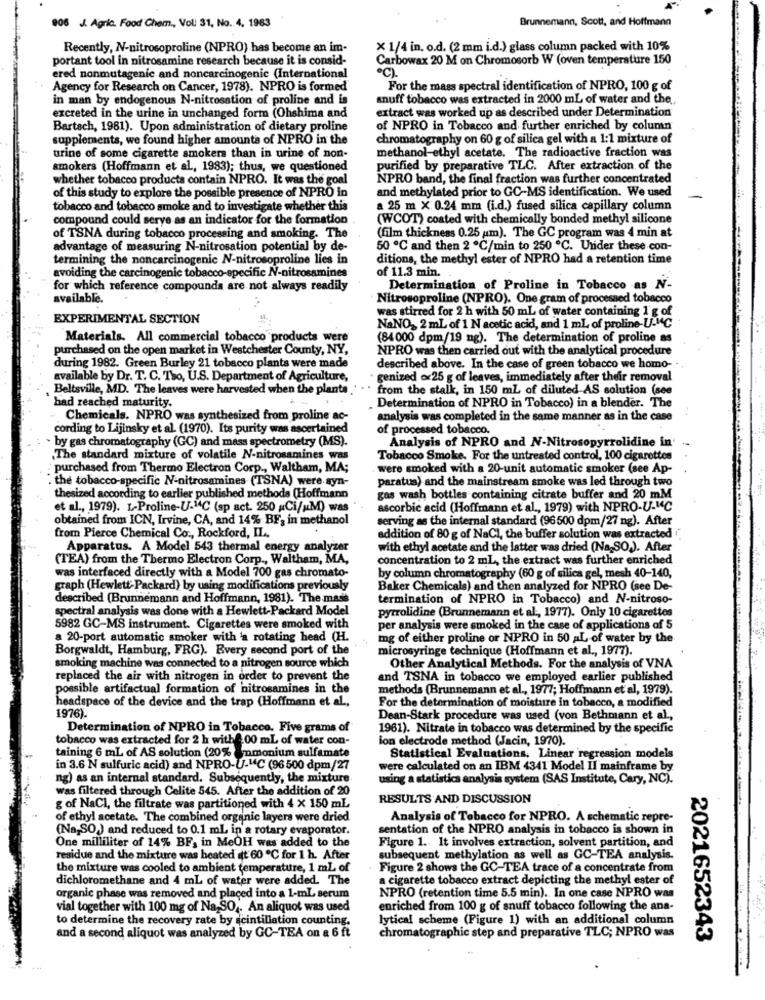
Brunnemann, Scott, and Hoffmann
906 J. Agric. Food Chem ., Voll 31, No. 4, 1983
Recently, N-nitrosoproline (NPRO) has become an im-
× 1/4 in. o.d. (2 mm i.d.) glass column packed with 10%
portant tool in nitrosamine research because it is consid-
Carbowax 20 M on Chromosorb W (oven temperature 150
℃).
ered nonmutagenic and noncarcinogenic (International
Agency for Research on Cancer, 1978). NPRO is formed
For the mass spectral identification of NPRO, 100 g of
in man by endogenous N-nitrosation of proline and is
snuff tobacco was extracted in 2000 mL of water and the
extract was worked up as described under Determination
excreted in the urine in unchanged form (Ohshima and
Bartsch, 1981). Upon administration of dietary proline
of NPRO in Tobacco and further enriched by column
supplements, we found higher amounts of NPRO in the
chromatography on 60 g of silica gel with a 1:1 mixture of
methanol-ethyl acetate. The radioactive fraction was
urine of some cigarette smokers than in urine of non-
smokers (Hoffmann et al, 1983); thus, we questioned
purified by preparative TLC. After extraction of the
whether tobacco products contain NPRO. It was the goal
NPRO band, the final fraction was further concentrated
and methylated prior to GC-MS identification. We used
of this study to explore the possible presence of NPRO in
-
tobacco and tobacco smoke and to investigate whether this
a 25 m X: 0.24 mm (i.d.) fused silica capillary column
compound could serve as an indicator for the formation
(WCOT) coated with chemically bonded methyl silicone
of TSNA during tobacco processing and smoking. The
(film thickness 0.25 um). The GC program was 4 min at
advantage of measuring N-nitrosation potential by de-
50 ℃ and then 2 ℃/min to 250 ℃. Under these con-
termining the noncarcinogenic N-nitrosoproline lies in
ditions, the methyl ester of NPRO had a retention time
of 11.3 min.
avoiding the carcinogenic tobacco-specific N-nitrosamines
for which reference compounds are not always readily
Determination of Proline in Tobacco as N-
available.
Nitrosoproline (NPRO). One gram of processed tobacco
was stirred for 2 h with 50 ml of water containing 1 g of
EXPERIMENTAL SECTION
NaNO, 2 mL of 1 N acetic acid, and 1 mL of proline-U-MC
Materials. All commercial tobacco products were
(84 000 dpm/19 ng). The determination of proline as
purchased on the open market in Westchester County, NY,
NPRO was then carried out with the analytical procedure
during 1982. Green Burley 21 tobacco plants were made
described above. In the case of green tobacco we homo-
available by Dr. T. C. To, U.S. Department of Agriculture,
genized .25 g of leaves, immediately after their removal
Beltsville, MD. The leaves were harvested when the plants
from the stalk, in 150 ml of diluted AS solution (see
had reached maturity.
Determination of NPRO in Tobacco) in a blender. The
Chemicals. NPRO was synthesized from proline ac-
analysis was completed in the same manner as in the case
cording to Lijinsky et al. (1970). Its purity was ascertained
of processed tobacco.
by gas chromatography (GC) and mass spectrometry (MS).
Analysis of NPRO and N-Nitrosopyrrolidine in
The standard mixture of volatile N-nitrosamines was
Tobacco Smoke. For the untreated control, 100 cigarettes
purchased from Thermo Electron Corp ., Waltham, MA;
were smoked with a 20-unit automatic smoker (see Ap-
. the tobacco-specific N-nitrosamines (TSNA) were syn-
paratus) and the mainstream smoke was led through two
thesized according to earlier published methods (Hoffmann
gas wash bottles containing citrate buffer and 20 mM
et al ., 1979). L-Proline-U.14C (sp act. 250 Ci/MM) was
ascorbic acid (Hoffmann et al ., 1979) with NPRO-U-"C
obtained from ICN, Irvine, CA, and 14% BF, in methanol
serving as the internal standard (96500 dpm/27 ng). After
from Pierce Chemical Co ., Rockford, IL.
addition of 80 g of NaCl, the buffer solution was extracted
Apparatus. A Model 543 thermal energy analyzer
with ethyl acetate and the latter was dried (Na SO). After
(TEA) from the Thermo Electron Corp ., Waltham, MA,
concentration to 2 mL, the extract was further enriched
was interfaced directly with a Model 700 gas chromato-
by column chromatography (60 g of silica gel, mesh 40-140,
graph (Hewlett-Packard) by using modifications previously
Baker Chemicals) and then analyzed for NPRO (see De-
described (Brunnemann and Hoffmann, 1981). The mass
termination of NPRO in Tobacco) and N-nitroso-
spectral analysis was done with a Hewlett-Packard Model
pyrrolidine (Brunnemann et al ., 1977). Only 10 cigarettes
5982 GC-MS instrument. Cigarettes were smoked with
per analysis were smoked in the case of applications of 5
a 20-port automatic smoker with 'a rotating head (H.
mg of either proline or NPRO in 50 AL of water by the
Borgwaldt, Hamburg, FRG). Every second port of the
microsyringe technique (Hoffmann et al ., 1977).
smoking machine was connected to a nitrogen source which
Other Analytical Methods. For the analysis of VNA
replaced the air with nitrogen in order to prevent the
and TSNA in tobacco we employed earlier published
possible artifactual formation of nitrosamines in the
methods (Brunnemann et al ., 1977; Hoffmann et al, 1979).
headspace of the device and the trap (Hoffmann et al .,
For the determination of moisture in tobacco, a modified
1976).
Dean-Stark procedure was used (von Bethmann et al .,
Determination of NPRO in Tobacco. Five grams of
1961). Nitrate in tobacco was determined by the specific
tobacco was extracted for 2 h withf.00 mL of water con-
ion electrode method (Jacin, 1970).
taining 6 mL of AS solution (20% ammonium sulfamate
Statistical Evaluations. Linear regression models
in 3.6 N sulfuric acid) and NPRO-U-"C (96 500 dpm/27
were calculated on an IBM 4341 Model Il mainframe by
ng) as an internal standard. Subsequently, the mixture
using a statistics analysis system (SAS Institute, Cary, NC).
was filtered through Celite 545. After the addition of 20
RESULTS AND DISCUSSION
g of NaCl, the filtrate was partitioned with 4 x 150 mL
of ethyl acetate. The combined organic layers were dried
Analysis of Tobacco for NPRO. A schematic repre-
(Na,SO) and reduced to 0.1 mL in a rotary evaporator.
sentation of the NPRO analysis in tobacco is shown in
One milliliter of 14% BF, in MeOH was added to the
Figure 1. It involves extraction, solvent partition, and
residue and the mixture was heated att 60 ℃ for 1 h. After
subsequent methylation as well as GC-TEA analysis.
the mixture was cooled to ambient temperature, 1 mL of
Figure 2 shows the GC-TEA trace of a concentrate from
dichloromethane and 4 mL of water were added. The
a cigarette tobacco extract depicting the methyl ester of
organic phase was removed and placed into a 1-mL serum
NPRO (retention time 5.5 min). In one case NPRO was
vial together with 100 mg of Na,SO ,. An aliquot was used
enriched from 100 g of snuff tobacco following the ana-
to determine the recovery rate by scintillation counting.
lytical scheme (Figure 1) with an additional column
and a second aliquot was analyzed by GC-TEA on a 6 ft
chromatographic step and preparative TLC; NPRO was
2021652343